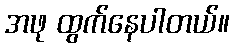
အဖု ထွက်နေပါတယ်။